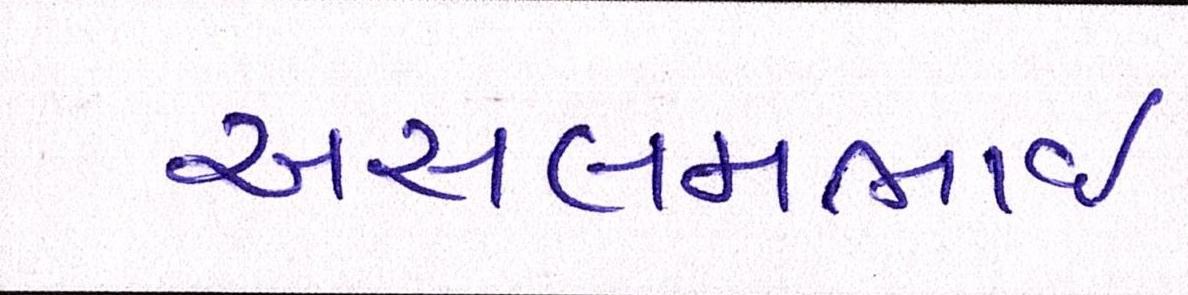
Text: અસલમભાઈ